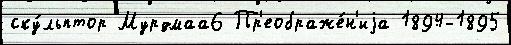
ску́льптор Мурдмаа6 Пр'еображе́н'иjа 1894-1895